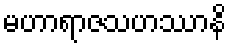
မဟာရာဇသဟဿာနိ